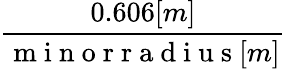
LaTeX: \frac{0.606[m]}{\mathrm{~m~i~n~o~r~r~a~d~i~u~s~}[m]}